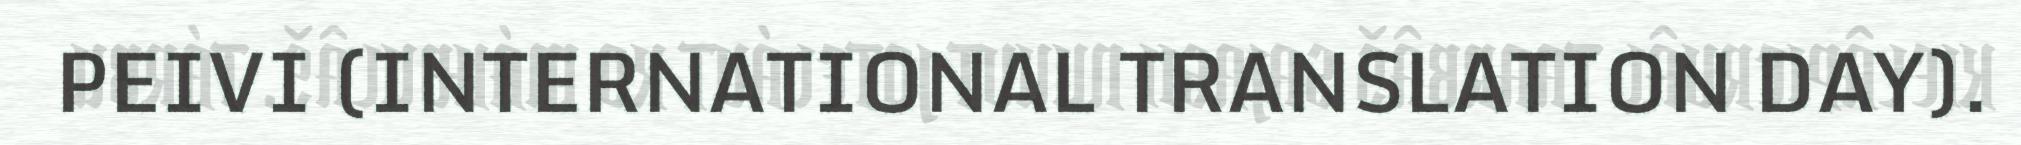
PEIVI (INTERNATIONAL TRANSLATION DAY).